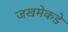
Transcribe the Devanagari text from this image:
जखमेकडे